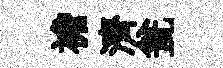
襜濟瓮